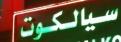
سيالكوت